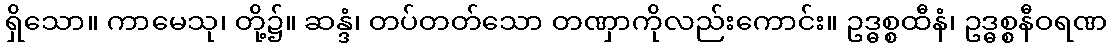
ရှိသော။ ကာမေသု၊ တို့၌။ ဆန္ဒံ၊ တပ်တတ်သော တဏှာကိုလည်းကောင်း။ ဥဒ္ဓစ္စထီနံ၊ ဥဒ္ဓစ္စနီဝရဏ